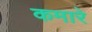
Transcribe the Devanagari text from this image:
कमारे